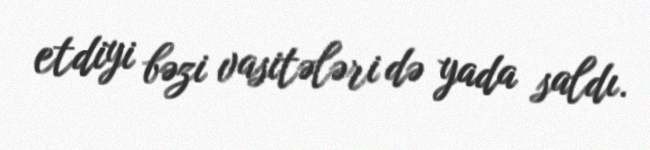
etdiyi bəzi vasitələri də yada saldı.